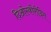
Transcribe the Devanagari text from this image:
दिओस्कोरीदिस